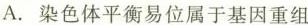
A.染色体平衡易位属于基因重组